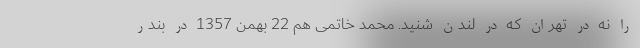
را نه در تهران که در لندن شنید. محمد خاتمی هم 22 بهمن 1357 در بندر